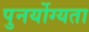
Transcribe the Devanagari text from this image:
पुनर्योग्यता